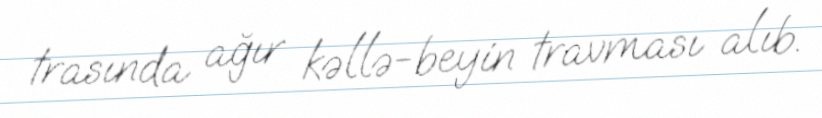
trasında ağır kəllə-beyin travması alıb.